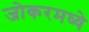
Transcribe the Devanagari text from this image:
जोकरमध्ये